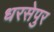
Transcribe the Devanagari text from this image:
धरसेपुर